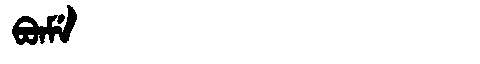
Manchu: ᠪᠣᠨᠮᡝ
Romanization: BONME